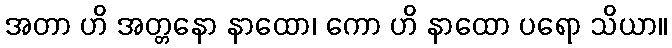
အတာ ဟိ အတ္တနော နာထော၊ ကော ဟိ နာထော ပရော သိယာ။